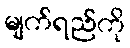
မျက်ရည်ကို